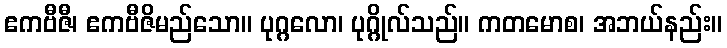
ဧကဗီဇီ၊ ဧကဗီဇိမည်သော။ ပုဂ္ဂလော၊ ပုဂ္ဂိုလ်သည်။ ကတမောစ၊ အဘယ်နည်း။